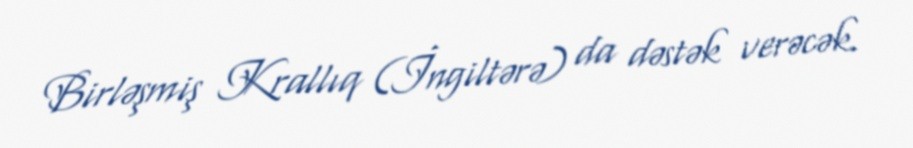
Birləşmiş Krallıq (İngiltərə) da dəstək verəcək.